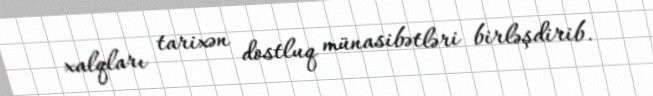
xalqları tarixən dostluq münasibətləri birləşdirib.